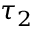
\tau _ { 2 }